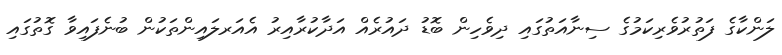
ލަންކާގެ ފަތުރުވެެެރިކަމުގެ ސިނާއަތުގައި ދިވެހިން ބޮޑު ދައުރެއް އަދާކުރާއިރު އެއަރލައިންތަކުން ބުނެފައިވާ ގޮތުގައި